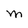
Character: M